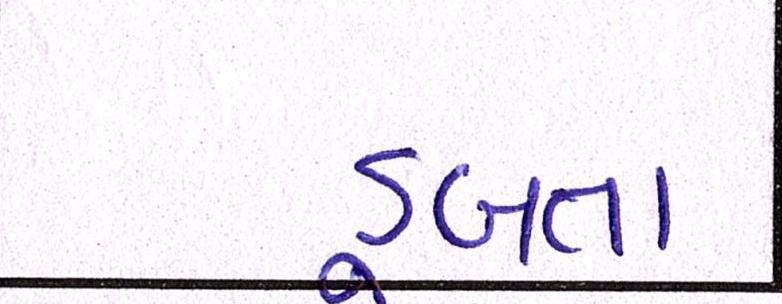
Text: ડૂબતા